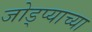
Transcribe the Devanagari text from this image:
जोड्प्याच्या